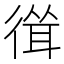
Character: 𢕈